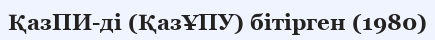
ҚазПИ-ді (ҚазҰПУ) бітірген (1980)